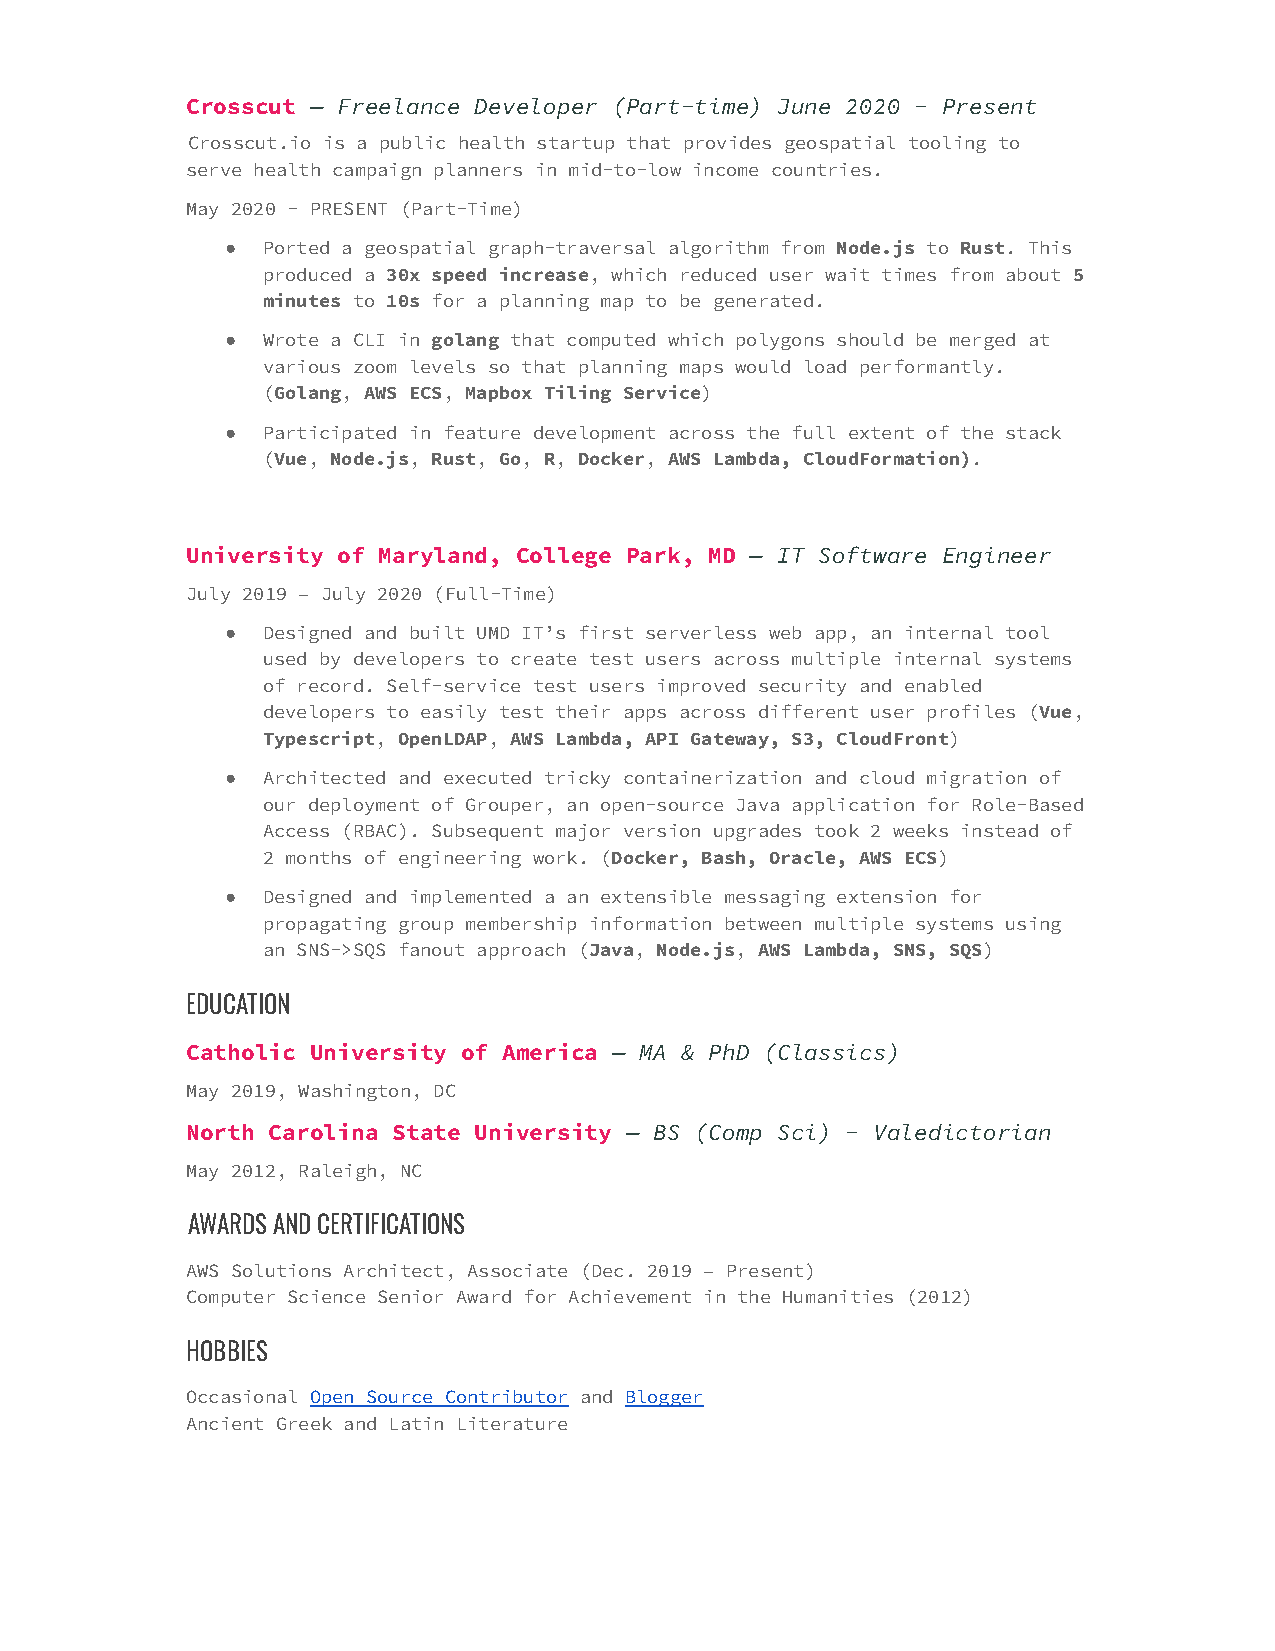
Crosscut — Freelance Developer (Part-time) June 2020 - Present
 Crosscut.io is a public health startup that provides geospatial tooling to
 serve health campaign planners in mid-to-low income countries.
 May 2020 - PRESENT (Part-Time)
 ● Ported a geospatial graph-traversal algorithm from Node.js to Rust. This
 produced a 30x speed increase, which reduced user wait times from about 5
 minutes to 10s for a planning map to be generated.
 ● Wrote a CLI in golang that computed which polygons should be merged at
 various zoom levels so that planning maps would load performantly.
 (Golang, AWS ECS, Mapbox Tiling Service)
 ● Participated in feature development across the full extent of the stack
 (Vue, Node.js, Rust, Go, R, Docker, AWS Lambda, CloudFormation).
 University of Maryland, College Park, MD — IT Software Engineer
 July 2019 – July 2020 (Full-Time)
 ● Designed and built UMD IT’s first serverless web app, an internal tool
 used by developers to create test users across multiple internal systems
 of record. Self-service test users improved security and enabled
 developers to easily test their apps across different user profiles (Vue,
 Typescript, OpenLDAP, AWS Lambda, API Gateway, S3, CloudFront)
 ● Architected and executed tricky containerization and cloud migration of
 our deployment of Grouper, an open-source Java application for Role-Based
 Access (RBAC). Subsequent major version upgrades took 2 weeks instead of
 2 months of engineering work. (Docker, Bash, Oracle, AWS ECS)
 ● Designed and implemented a an extensible messaging extension for
 propagating group membership information between multiple systems using
 an SNS->SQS fanout approach (Java, Node.js, AWS Lambda, SNS, SQS)
 EDUCATION
 Catholic University of America — MA & PhD (Classics)
 May 2019, Washington, DC
 North Carolina State University — BS (Comp Sci) - Valedictorian
 May 2012, Raleigh, NC
 AWARDS AND CERTIFICATIONS
 AWS Solutions Architect, Associate (Dec. 2019 – Present)
 Computer Science Senior Award for Achievement in the Humanities (2012)
 HOBBIES
 Occasional Open Source Contributor and Blogger
 Ancient Greek and Latin Literature